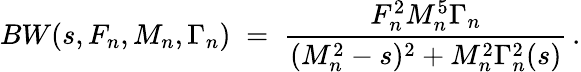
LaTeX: BW(s,F_{n},M_{n},\Gamma_{n})\; =\; \frac{F_{n}^{2}M_{n}^{5}\Gamma_{n}}{(M_{n}^{2}-s)^{2}+M_{n}^{2}\Gamma_{n}^{2}(s)}\, .